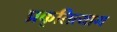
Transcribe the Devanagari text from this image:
प्रकृतित्याग